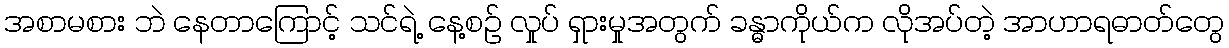
အစာမစား ဘဲ နေတာကြောင့် သင်ရဲ့ နေ့စဉ် လှုပ် ရှားမှုအတွက် ခန္ဓာကိုယ်က လိုအပ်တဲ့ အာဟာရဓာတ်တွေ